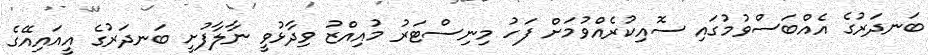
ބަނދަރުގެ އެއްބަސްވުމުގައި ސޮއިކުރެއްވުމަށް ފަހު މިނިސްޓަރު މުއިއްޒު ވިދާޅުވީ ނާލާފުށީ ބަނދަރުގެ އީއައިއޭގެ